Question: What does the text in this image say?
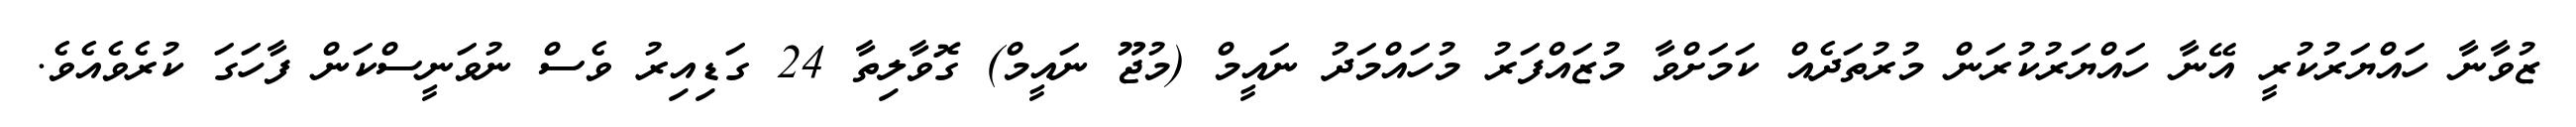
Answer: ޒުވާނާ ހައްޔަރުކުރީ އޭނާ ހައްޔަރުކުރަން މުރުތަދެއް ކަމަށްވާ މުޒައްފަރު މުހައްމަދު ނައީމް (މުޖޫ ނައީމް) ގޮވާލިތާ 24 ގަޑިއިރު ވެސް ނުވަނީސްކަން ފާހަގަ ކުރެވެއެވެ.